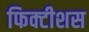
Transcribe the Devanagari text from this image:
फिक्टीशस